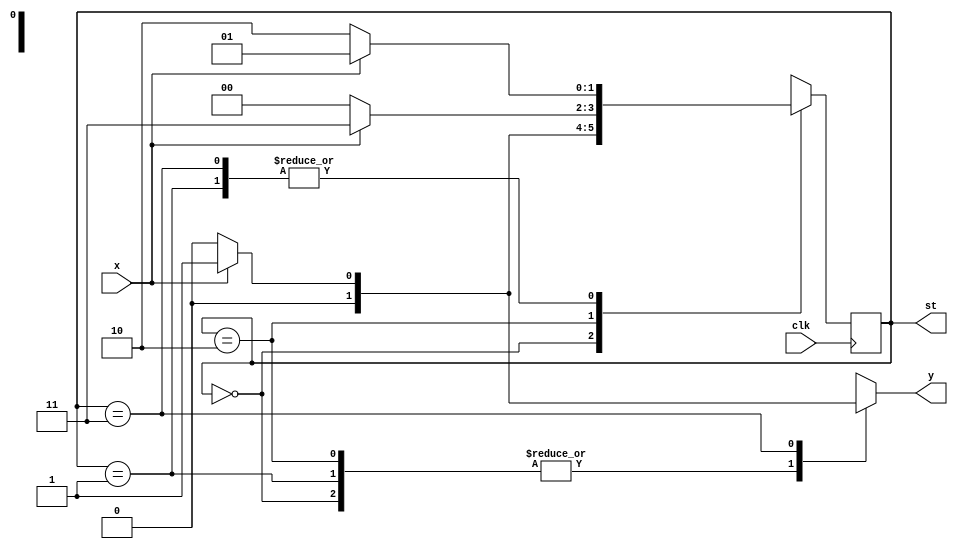
`timescale 1ns / 1ps
//////////////////////////////////////////////////////////////////////////////////
// Company: 
// Engineer: 
// 
// Design Name: 
// Module Name:    seq_det_1011_mealy_Ov 
// Project Name: 
// Target Devices: 
// Tool versions: 
// Description: 
//
// Dependencies: 
//
// Revision: 
// Revision 0.01 - File Created
// Additional Comments: 
//
//////////////////////////////////////////////////////////////////////////////////

module seq_det_1011_mealy_Ov(input clk, input x, output reg y, output reg [1:0]st);
    reg [1:0]state;
    reg [1:0]next_state;
    parameter S0 = 0,S1 = 1, S2 = 2, S3 = 3;
    initial begin
        state <= S0;
        st <= S0;
    end

    always@(posedge clk)
    begin
        state <= next_state;
        st <= next_state;
    end

    always@(state or x)
    begin
        y = 0;
        case(state)
        S0: if(x)
                begin
                    next_state = S1;
                end
            else
                next_state = S0;

        S1: if(x)
                next_state = S1;
            else
                next_state = S2;

        S2: if(x)
                next_state = S3;
            else
                next_state = S0;
        S3: if(x)
                begin
                    next_state = S1; y =1;
                end
            else
                next_state = S2;
        default:
                next_state = S0;
    endcase
end
endmodule